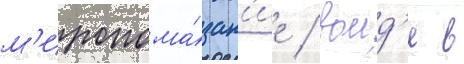
м'иропома́зан'ие / воид'я в